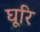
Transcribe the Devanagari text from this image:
घूरि